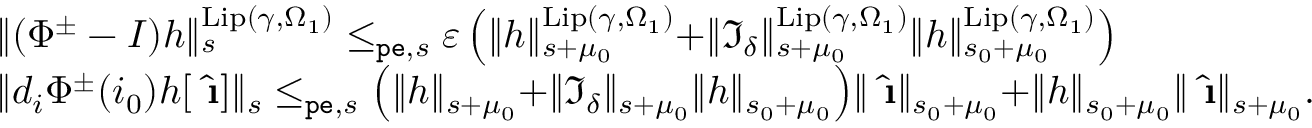
\begin{array} { r l } & { \rVert ( \Phi ^ { \pm } - I ) h \rVert _ { s } ^ { \mathrm { L i p } ( \gamma , \Omega _ { 1 } ) } \le _ { \mathtt { p e } , s } \varepsilon \left( \rVert h \rVert _ { s + \mu _ { 0 } } ^ { \mathrm { L i p } ( \gamma , \Omega _ { 1 } ) } + \rVert \mathfrak { I } _ { \delta } \rVert _ { s + \mu _ { 0 } } ^ { \mathrm { L i p } ( \gamma , \Omega _ { 1 } ) } \rVert h \rVert _ { s _ { 0 } + \mu _ { 0 } } ^ { \mathrm { L i p } ( \gamma , \Omega _ { 1 } ) } \right) } \\ & { \rVert d _ { i } \Phi ^ { \pm } ( i _ { 0 } ) h [ \hat { \textbf { \i } } ] \rVert _ { s } \le _ { \mathtt { p e } , s } \left( \rVert h \rVert _ { s + \mu _ { 0 } } + \rVert \mathfrak { I } _ { \delta } \rVert _ { s + \mu _ { 0 } } \rVert h \rVert _ { s _ { 0 } + \mu _ { 0 } } \right) \rVert \hat { \textbf { \i } } \rVert _ { s _ { 0 } + \mu _ { 0 } } + \rVert h \rVert _ { s _ { 0 } + \mu _ { 0 } } \rVert \hat { \textbf { \i } } \rVert _ { s + \mu _ { 0 } } . } \end{array}